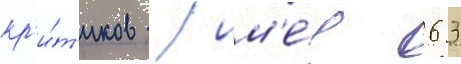
кр'и́т'иков / им'е́я 63